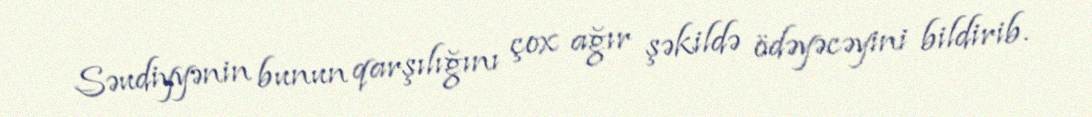
Səudiyyənin bunun qarşılığını çox ağır şəkildə ödəyəcəyini bildirib.